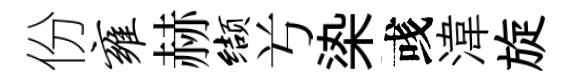
份雍赫缬𠔃𣑱彧湋旋